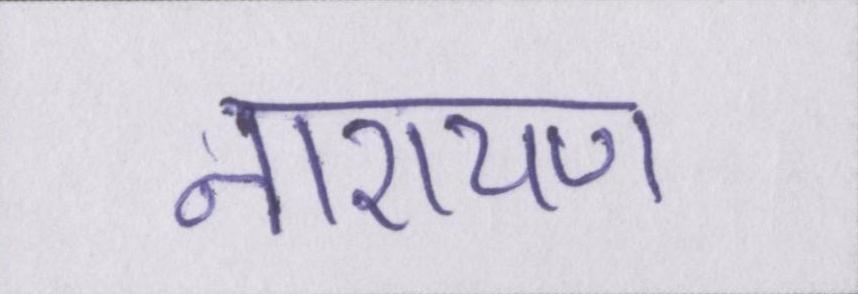
नारायण